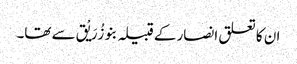
ان کا تعلق انصار کے قبیلہ بنو زُرَیْق سے تھا۔